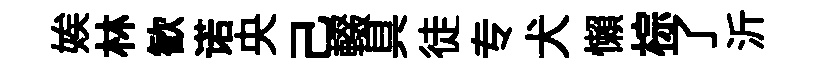
娭林歓诺央己輟具徒专犬懶棕了沂